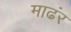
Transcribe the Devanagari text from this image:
माढंर